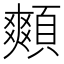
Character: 䫪